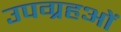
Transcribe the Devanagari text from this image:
उपग्रहओं